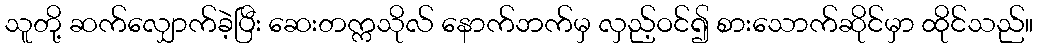
သူတို့ ဆက်လျှောက်ခဲ့ပြီး ဆေးတက္ကသိုလ် နောက်ဘက်မှ လှည့်ဝင်၍ စားသောက်ဆိုင်မှာ ထိုင်သည်။